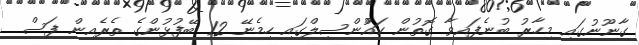
ގާނޫނުގައި މިހާރު ބުނެފައިވާ ގޮތުން ކައުްންސިލްގައި ހިމެނޭ 12 ބޭފުޅުންގެ ތެރެއިން ފަސް